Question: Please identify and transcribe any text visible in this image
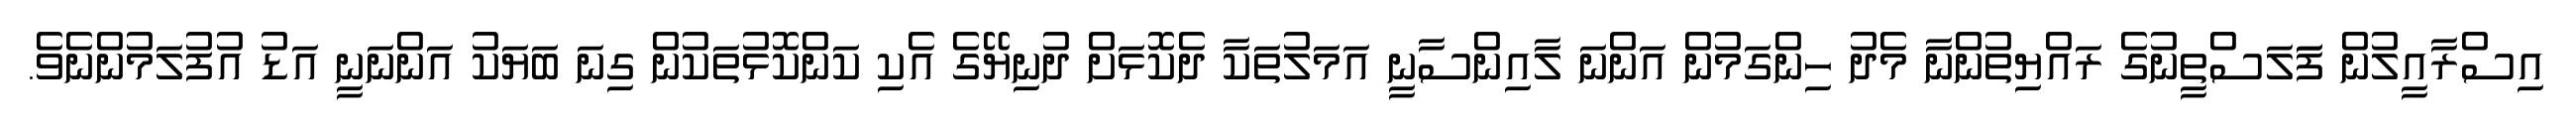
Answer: އިސްރާއީލުން ފަަލަސްތީނުގެ ރައްޔިތުންނާ މެދު ހިންގަމުން އަންނަ ލާއިންސާނީ އަމަލުތަކާ ދެކޮޅަށް ދުނިޔޭގެ އެކި ކަންކޮޅުތަކުން ގިނަ ބަޔަކު އަންނަނީ އަޑު އުފުލަމުންނެވެ.